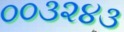
૦૦૩૨૪૩